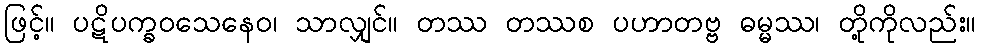
ဖြင့်။ ပဋိပက္ခဝသေနေဝ၊ သာလျှင်။ တဿ တဿစ ပဟာတဗ္ဗ ဓမ္မဿ၊ တို့ကိုလည်း။